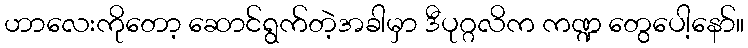
ဟာလေးကိုတော့ ဆောင်ရွက်တဲ့အခါမှာ ဒီပုဂ္ဂလိက ကဏ္ဍ တွေပေါ့နော်။